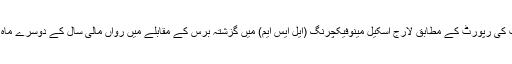
پاکستان کے ادارہ شماریات کی رپورٹ کے مطابق لارج اسکیل مینوفیکچرنگ (ایل ایس ایم) میں گزشتہ برس کے مقابلے میں رواں مالی سال کے دوسرے ماہ میں 7.06 فیصد کمی آئی۔